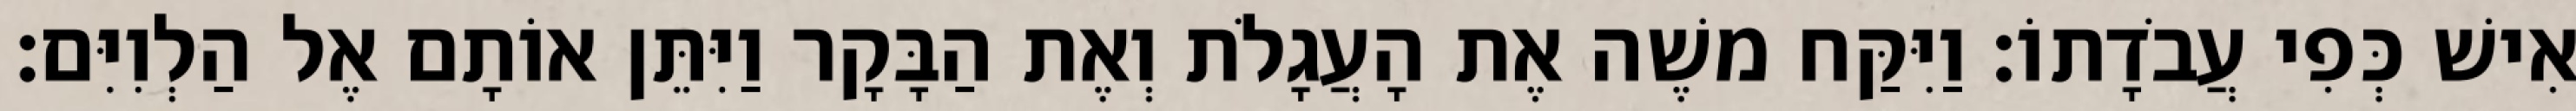
אִישׁ כְּפִי עֲבֹדָתוֹ׃ וַיִּקַּח משֶׁה אֶת הָעֲגָלֹת וְאֶת הַבָּקָר וַיִּתֵּן אוֹתָם אֶל הַלְוִיִּם׃